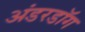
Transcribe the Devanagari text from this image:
अंडरडाॅग